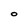
Character: O